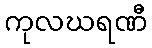
ကုလဃရဏီ